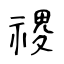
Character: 禝